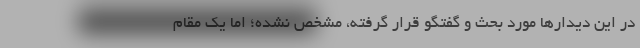
در این دیدارها مورد بحث و گفتگو قرار گرفته، مشخص نشده؛ اما یک مقام